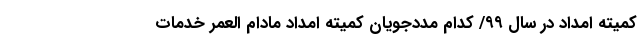
کمیته امداد در سال ۹۹/ کدام مددجویان کمیته امداد مادام ‌العمر خدمات